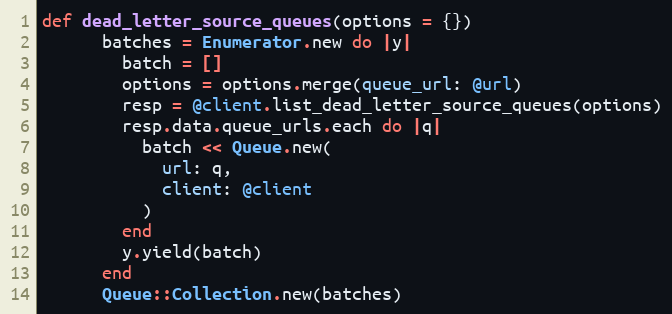
Language: Ruby
def dead_letter_source_queues(options = {})
      batches = Enumerator.new do |y|
        batch = []
        options = options.merge(queue_url: @url)
        resp = @client.list_dead_letter_source_queues(options)
        resp.data.queue_urls.each do |q|
          batch << Queue.new(
            url: q,
            client: @client
          )
        end
        y.yield(batch)
      end
      Queue::Collection.new(batches)